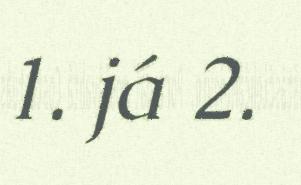
1. já 2.